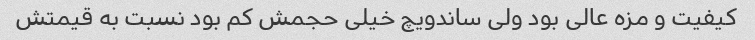
کیفیت و مزه عالی بود ولی ساندویچ خیلی حجمش کم بود نسبت به قیمتش